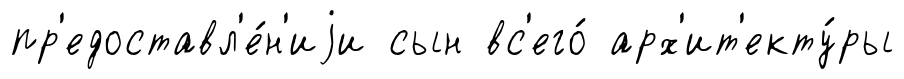
пр'едоставл'е́н'иjи сын вс'его́ арх'ит'екту́ры